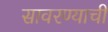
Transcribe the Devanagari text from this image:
सावरण्याची